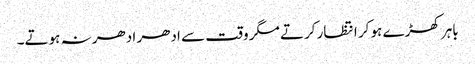
باہر کھڑے ہو کر انتظار کرتے مگر وقت سے ادھر ادھر نہ ہوتے۔